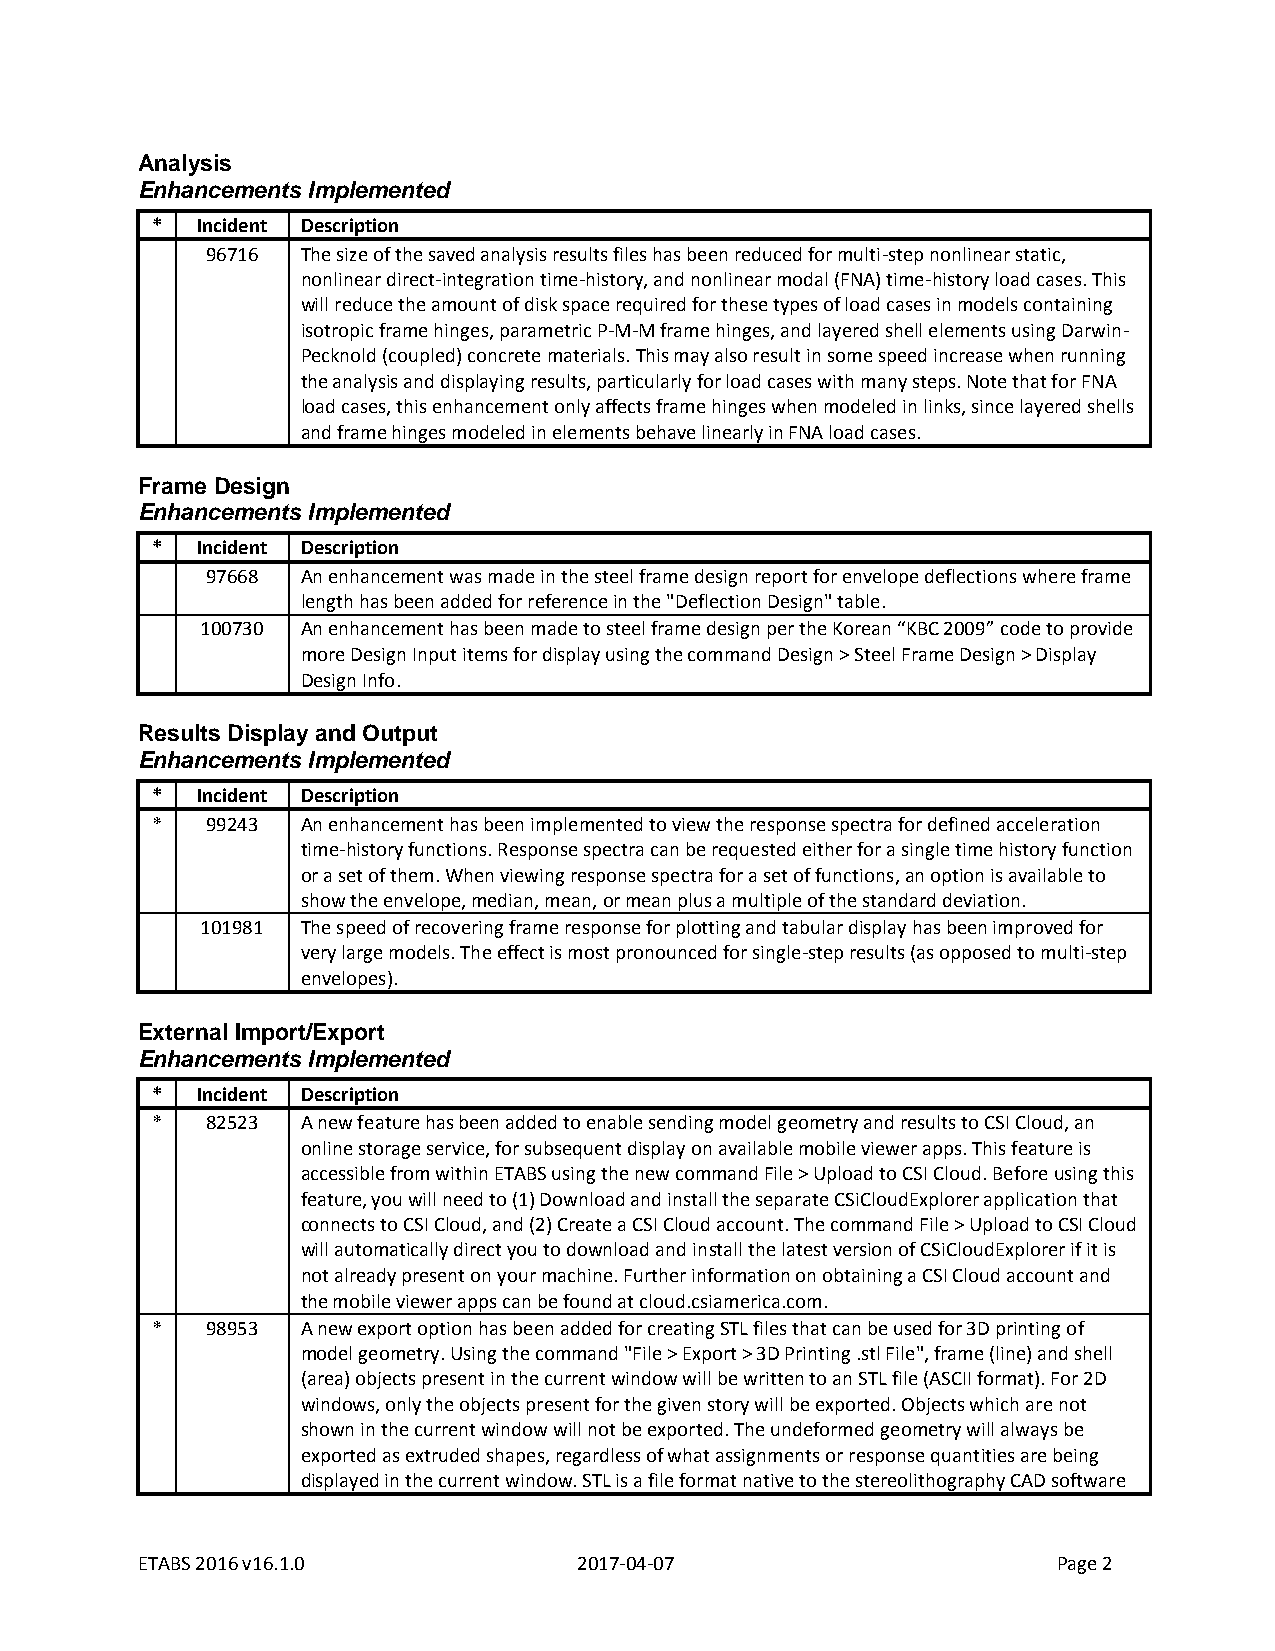
Analysis
 Enhancements Implemented
 *  Incident Description
 96716 The size of the saved analysis results files has been reduced for multi-step nonlinear static,
 nonlinear direct-integration time-history, and nonlinear modal (FNA) time-history load cases. This
 will reduce the amount of disk space required for these types of load cases in models containing
 isotropic frame hinges, parametric P-M-M frame hinges, and layered shell elements using Darwin-
 Pecknold (coupled) concrete materials. This may also result in some speed increase when running
 the analysis and displaying results, particularly for load cases with many steps. Note that for FNA
 load cases, this enhancement only affects frame hinges when modeled in links, since layered shells
 and frame hinges modeled in elements behave linearly in FNA load cases.
 Frame Design
 Enhancements Implemented
 *  Incident Description
 97668 An enhancement was made in the steel frame design report for envelope deflections where frame
 length has been added for reference in the "Deflection Design" table.
 100730 An enhancement has been made to steel frame design per the Korean “KBC 2009” code to provide
 more Design Input items for display using the command Design > Steel Frame Design > Display
 Design Info.
 Results Display and Output
 Enhancements Implemented
 *  Incident Description
 *   99243 An enhancement has been implemented to view the response spectra for defined acceleration
 time-history functions. Response spectra can be requested either for a single time history function
 or a set of them. When viewing response spectra for a set of functions, an option is available to
 show the envelope, median, mean, or mean plus a multiple of the standard deviation.
 101981 The speed of recovering frame response for plotting and tabular display has been improved for
 very large models. The effect is most pronounced for single-step results (as opposed to multi-step
 envelopes).
 External Import/Export
 Enhancements Implemented
 *  Incident Description
 *   82523 A new feature has been added to enable sending model geometry and results to CSI Cloud, an
 online storage service, for subsequent display on available mobile viewer apps. This feature is
 accessible from within ETABS using the new command File > Upload to CSI Cloud. Before using this
 feature, you will need to (1) Download and install the separate CSiCloudExplorer application that
 connects to CSI Cloud, and (2) Create a CSI Cloud account. The command File > Upload to CSI Cloud
 will automatically direct you to download and install the latest version of CSiCloudExplorer if it is
 not already present on your machine. Further information on obtaining a CSI Cloud account and
 the mobile viewer apps can be found at cloud.csiamerica.com.
 *   98953 A new export option has been added for creating STL files that can be used for 3D printing of
 model geometry. Using the command "File > Export > 3D Printing .stl File", frame (line) and shell
 (area) objects present in the current window will be written to an STL file (ASCII format). For 2D
 windows, only the objects present for the given story will be exported. Objects which are not
 shown in the current window will not be exported. The undeformed geometry will always be
 exported as extruded shapes, regardless of what assignments or response quantities are being
 displayed in the current window. STL is a file format native to the stereolithography CAD software
 ETABS 2016 v16.1.0           2017-04-07                      Page 2